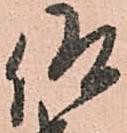
仰